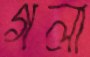
গলা